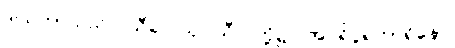
ဒါယကာသည်။ သီလေသု၊ သီလတို့၌။ အပရိပူရကာရိနော၊